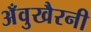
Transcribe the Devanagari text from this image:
अँवुखैरनी